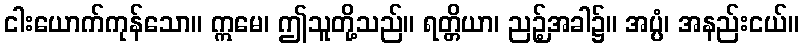
ငါးယောက်ကုန်သော။ ဣမေ၊ ဤသူတို့သည်။ ရတ္တိယာ၊ ညဉ့်အခါ၌။ အပ္ပံ၊ အနည်းငယ်။